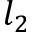
l _ { 2 }